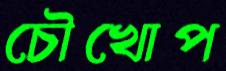
চৌখোপ